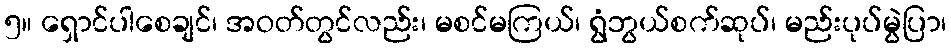
၅။ ရှောင်ပါစေချင်၊ အဝတ်တွင်လည်း၊ မစင်မကြယ်၊ ရွံဘွယ်စက်ဆုပ်၊ မည်းပုပ်မွဲပြာ၊